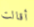
أقالت